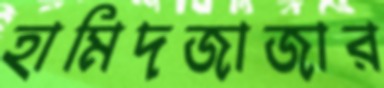
হামিদজাজার